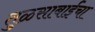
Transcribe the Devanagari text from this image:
तुळसाबाईंचा